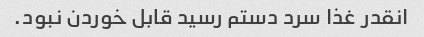
انقدر غذا سرد دستم رسید قابل خوردن نبود.